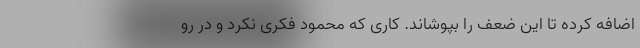
اضافه کرده تا این ضعف را بپوشاند. کاری که محمود فکری نکرد و در رو